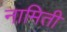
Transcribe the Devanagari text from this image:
नामिती